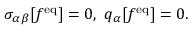
\sigma _ { \alpha \beta } [ f ^ { \mathrm { e q } } ] = 0 , \ q _ { \alpha } [ f ^ { \mathrm { e q } } ] = 0 .